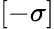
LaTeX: [-\sigma]